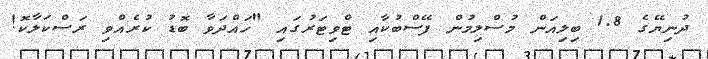
ދުނިޔޭގެ 1.8 ބިލިއަން މުސްލިމުން ފޭސްބުކާއި ޓްވިޓަރުގައި "ހައްދަވާ ބޮޑު ކުރެއްވި ރަސްކަލާކޮ!